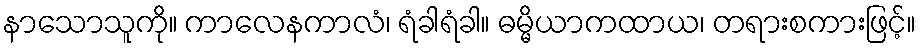
နာသောသူကို။ ကာလေနကာလံ၊ ရံခါရံခါ။ ဓမ္မိယာကထာယ၊ တရားစကားဖြင့်။